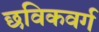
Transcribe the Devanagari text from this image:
छविकवर्ग